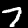
Label: 7